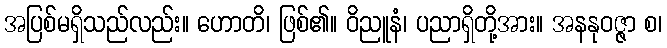
အပြစ်မရှိသည်လည်း။ ဟောတိ၊ ဖြစ်၏။ ဝိညူနံ၊ ပညာရှိတို့အား။ အနနုဝဇ္ဇာ စ၊